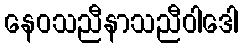
နေဝသညီနာသညီဝါဒေါ